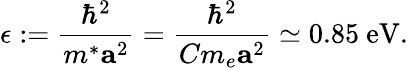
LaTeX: \epsilon:=\frac{\hbar^{2}}{m^{\ast}\mathbf{a}^{2}}=\frac{\hbar^{2}}{Cm_{e}\mathbf{a}^{2}}\simeq 0.85\ \mathrm{eV}.